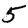
Digit: 5